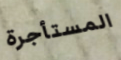
المستأجرة